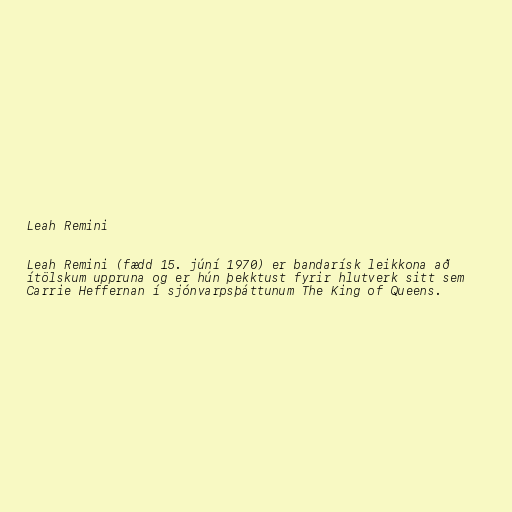
Leah Remini

Leah Remini (fædd 15. júní 1970) er bandarísk leikkona að
ítölskum uppruna og er hún þekktust fyrir hlutverk sitt sem
Carrie Heffernan í sjónvarpsþáttunum The King of Queens.